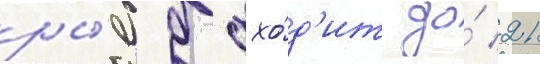
ры́б дохо́д'ит до́ 21